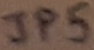
Text: JP5